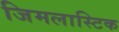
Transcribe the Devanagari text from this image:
जिमलास्टिक